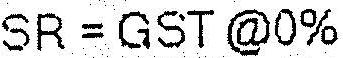
SR = GST @0%